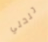
تنحني